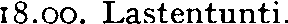
18.00. Lastentunti.